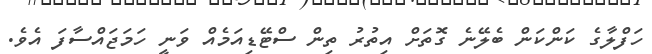
ހަފްލާގެ ކަންކަން ބެލޭނެ ގޮތަށް އިތުރު ތިން ސްޓޭޑިއަމެއް ވަނީ ހަމަޖައްސާފަ އެވެ.